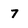
Character: 7